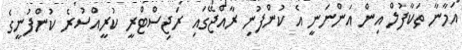
އަމާނާ ތަކާފުލް އިން އަންނަނީ އެ ކުންފުނި ރާއްޖޭގައި ރަޖިސްޓްރީ ކުރީއްސުރެ ކުންފުނީގެ